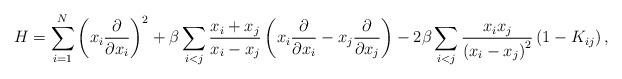
LaTeX: \begin{align*}H=\sum_{i=1}^{N}\left(x_i \frac{\partial}{\partial x_i}\right)^2+\beta\sum_{i<j}\frac{x_i+x_j}{x_i-x_j}\left(x_i\frac{\partial}{\partial x_i}-x_j\frac{\partial}{\partial x_j}\right)-2\beta\sum_{i<j}\frac{x_i x_j}{\left(x_i-x_j\right)^2}\left(1-K_{ij}\right),\end{align*}